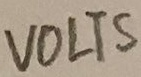
Text: VOLTS